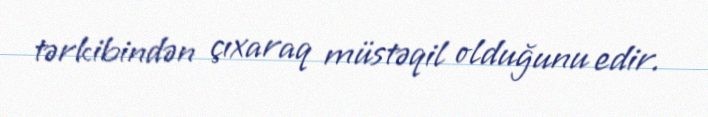
tərkibindən çıxaraq müstəqil olduğunu edir.